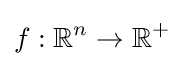
f:\mathbb {R} ^{n}\to \mathbb {R} ^{+}